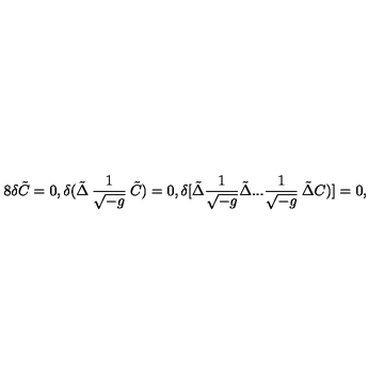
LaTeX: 8 \delta \tilde { C } = 0 , \delta ( \tilde { \Delta } \: \frac { 1 } { \sqrt { - g } } \: \tilde { C } ) = 0 , \delta [ \tilde { \Delta } \frac { 1 } { \sqrt { - g } } \tilde { \Delta } . . . \frac { 1 } { \sqrt { - g } } \: \tilde { \Delta } C ) ] = 0 ,